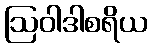
ဩဝါဒါစရိယ